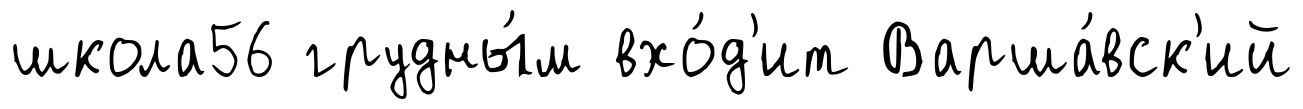
школа56 грудны́м вхо́д'ит Варша́вск'ий